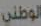
الوطني